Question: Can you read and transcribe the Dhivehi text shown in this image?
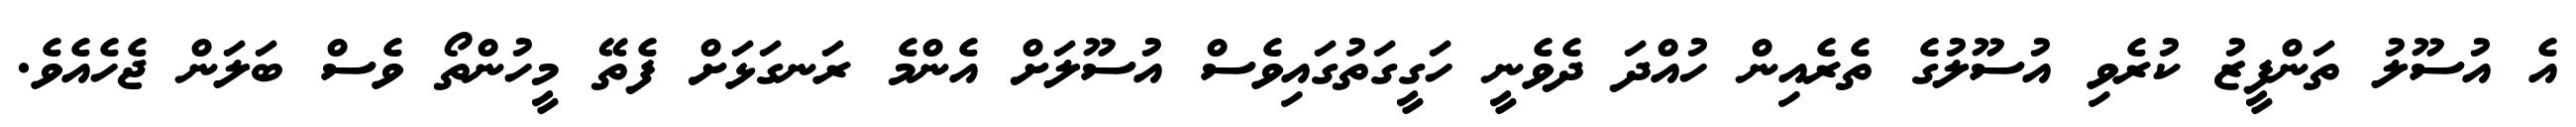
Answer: އެ އުސޫލު ތަންފީޒު ކުރެވި އުސޫލުގެ ތެރެއިން ހުއްދަ ދެވެނީ ހަގީގަތުގައިވެސް އުސޫލަށް އެންމެ ރަނގަޅަށް ފެތޭ މީހުންތޯ ވެސް ބަލަން ޖެހެއެވެ.